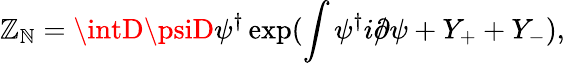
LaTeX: \mathbb{Z}_{\mathbb{N}}=\intD\psiD\psi^{\dagger}\exp(\int\psi^{\dagger}i\rlap{/}{\partial}\psi+Y_{+}+Y_{-}),